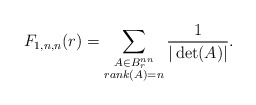
\begin{align*} F_{1, n, n}(r) = \sum_{\substack{ A \in B_r^{nn} \\ rank(A) = n }} \dfrac{1}{|\det(A)|}.\end{align*}